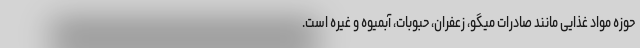
حوزه مواد غذایی مانند صادرات میگو، زعفران، حبوبات، آبمیوه و غیره است.